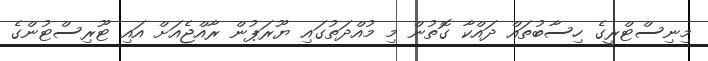
މިނިސްޓްރީގެ ހިސާބުތައް ދައްކާ ގޮތުން މި މުއްދަތުގައި ޔޫރަޕުން ރާއްޖެއަށް އައި ޓޫރިސްޓުންގެ